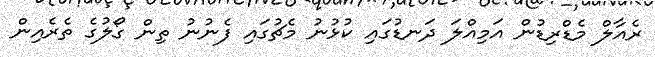
ރެއާލް މެޑްރިޑުން އަމިއްލަ ދަނޑުގައި ކުޅުނު މެޗުގައި ފެނުނު ތިން ގޯލުގެ ތެރެއިން